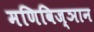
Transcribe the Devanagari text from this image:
मणिविज्ञान